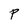
Character: P